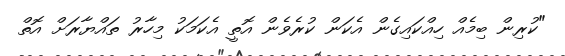
"ކުރިން ބިމެއް ހިއްކައިގެން އެކަން ކުރެވެން އޮތީ އެކަމަކު މިހާރު ތައްޔާރަށް އޮތް